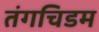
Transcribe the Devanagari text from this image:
तंगचिडम